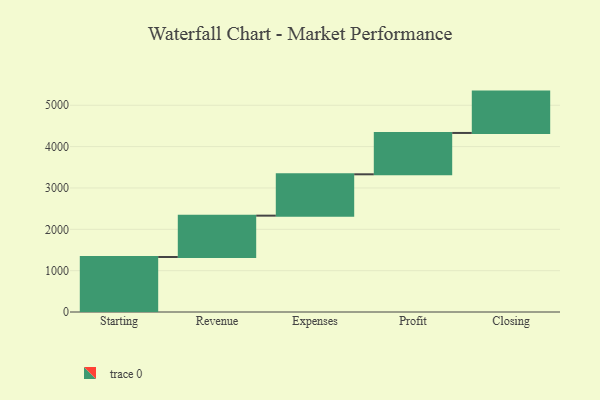
{"axis": {"x": "Step", "y": "Value"}, "legend": [""], "data": [{"x": "Starting", "y": 1330.0, "type": ""}, {"x": "Revenue", "y": 1000, "type": ""}, {"x": "Expenses", "y": 1000, "type": ""}, {"x": "Profit", "y": 1000, "type": ""}, {"x": "Closing", "y": 1000, "type": ""}]}